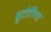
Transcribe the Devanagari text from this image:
ब्रुटोपिया